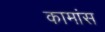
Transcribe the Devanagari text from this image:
कामांस